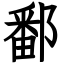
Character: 鄱